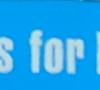
for